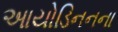
આયોડિનનના